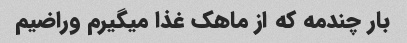
بار چندمه که از ماهک غذا میگیرم وراضیم